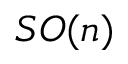
S O ( n )